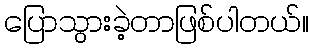
ပြောသွားခဲ့တာဖြစ်ပါတယ်။